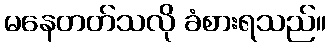
မနေတတ်သလို ခံစားရသည်။